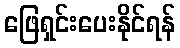
ဖြေရှင်းပေးနိုင်ရန်